Leningradi_Edasi_toimetus, lk 222
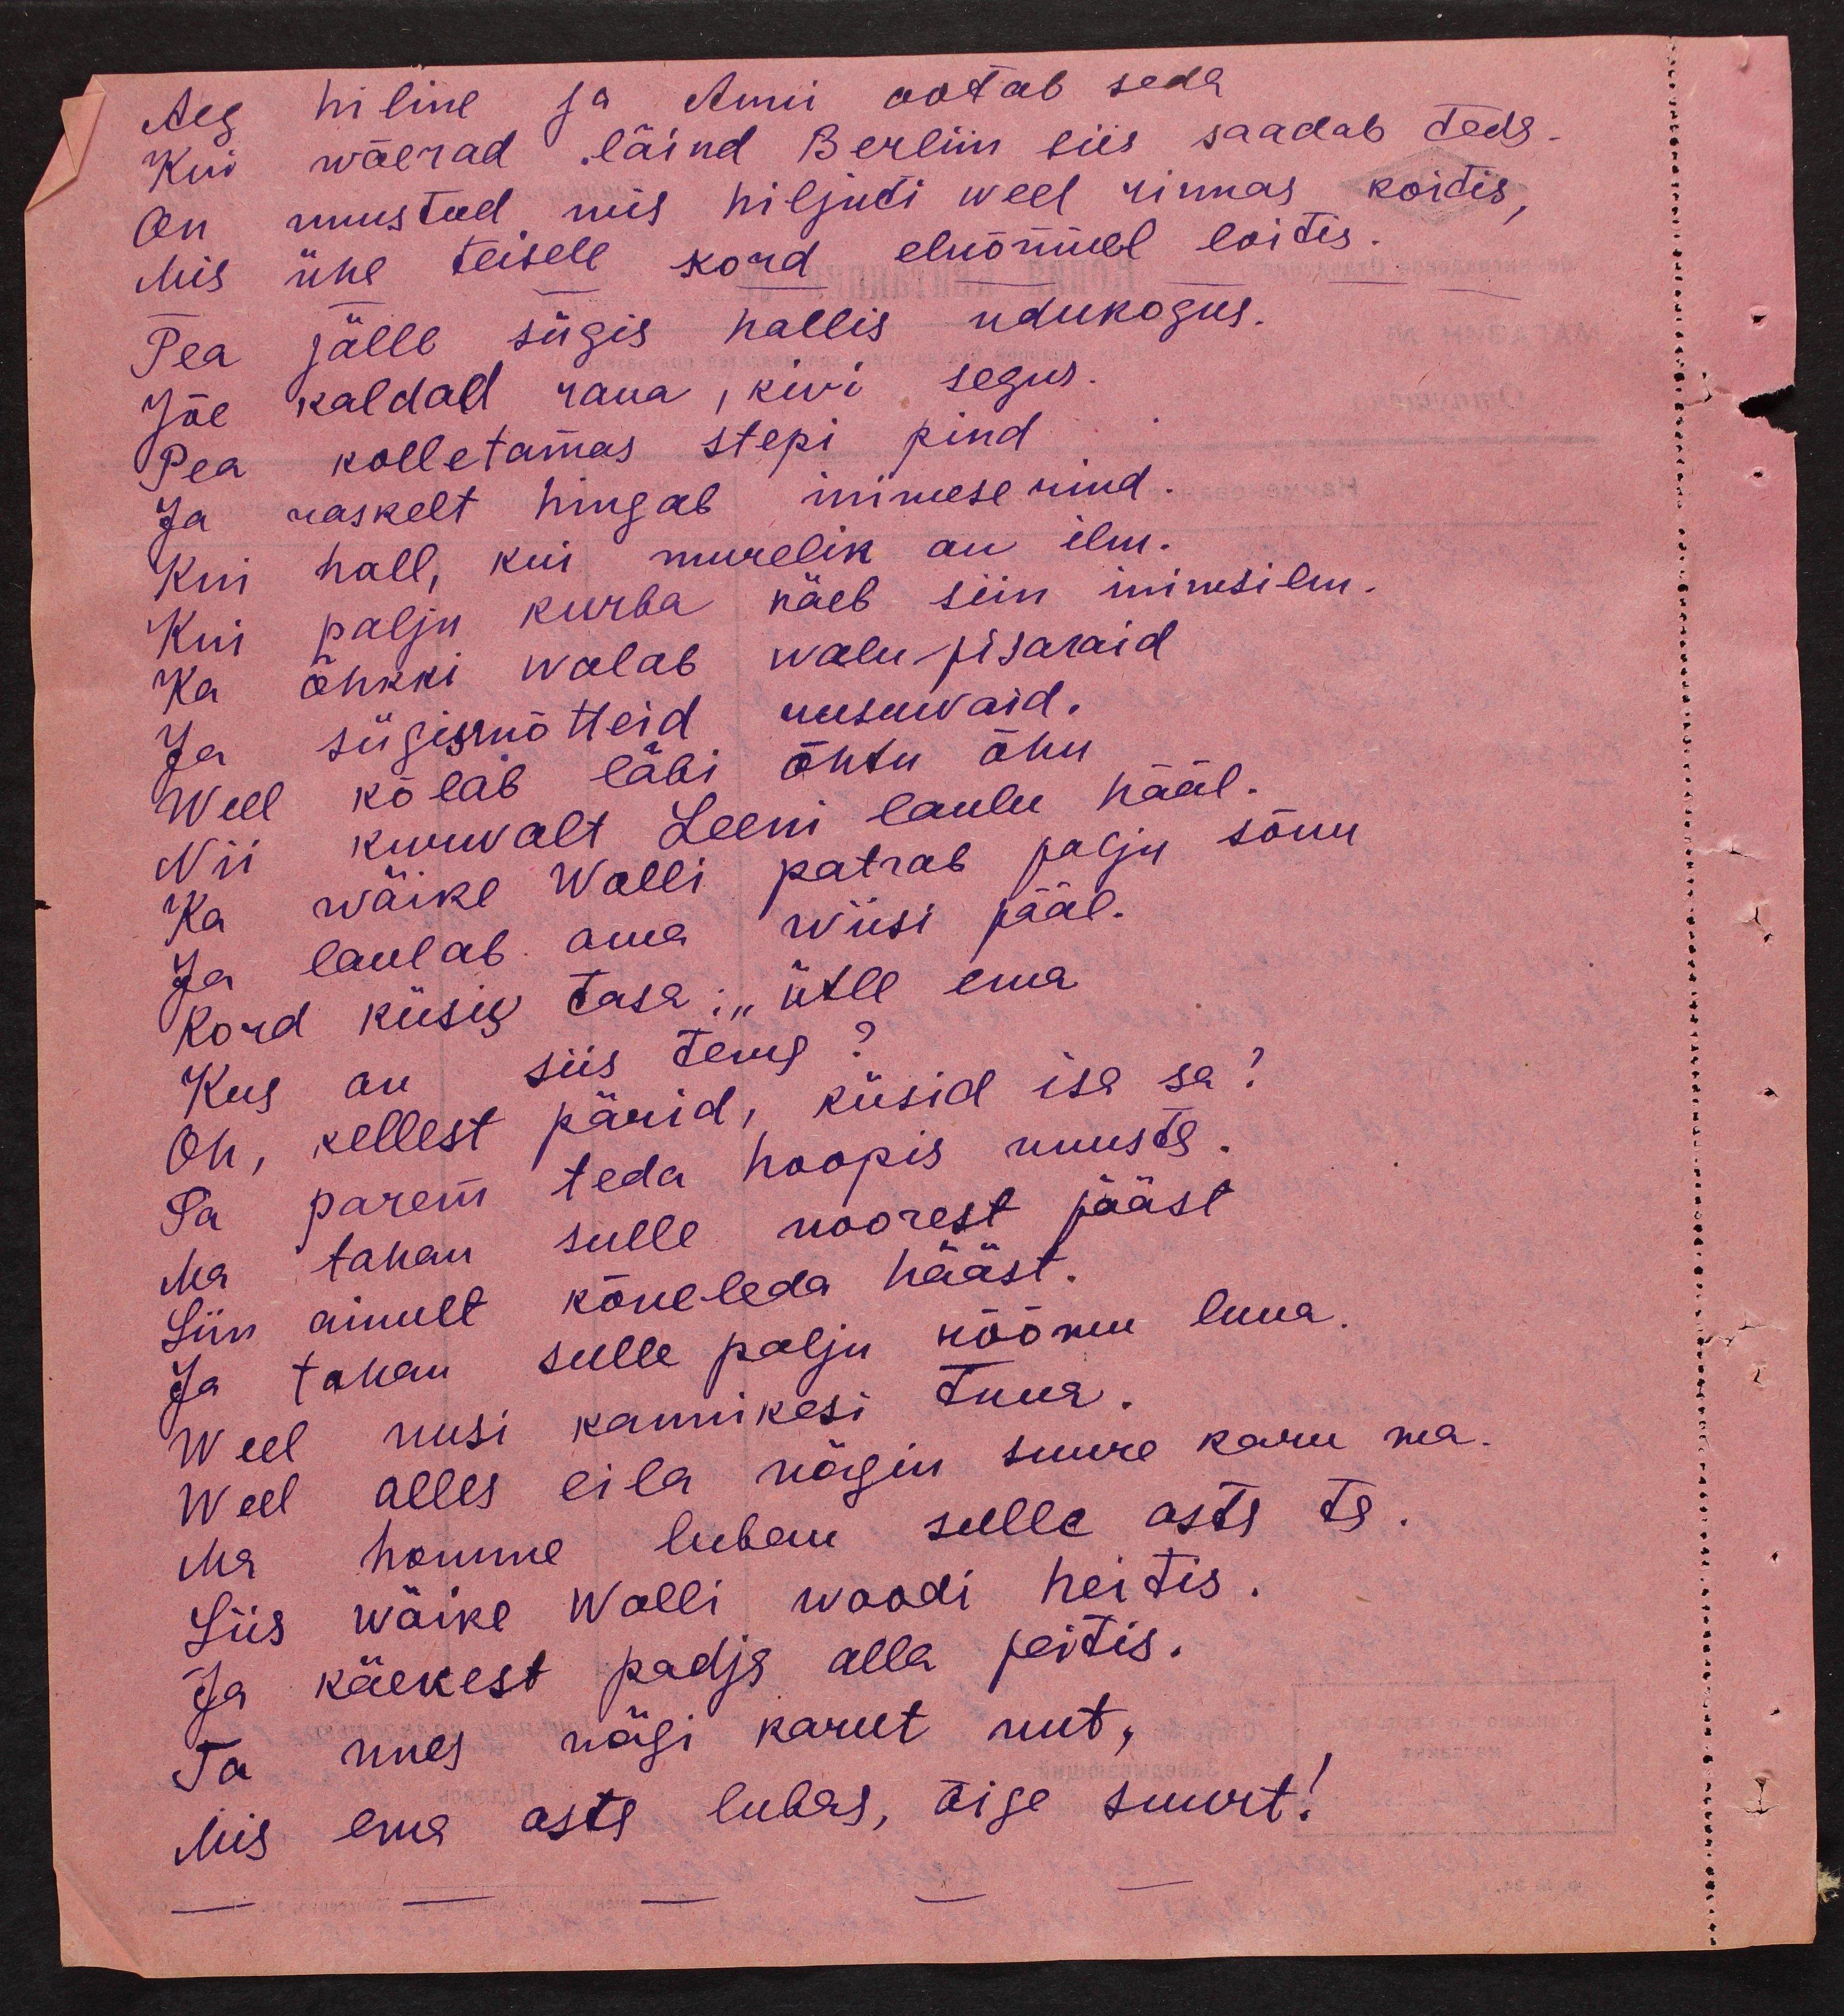
Aeg hiline ja Anni ootab seda
Kui wõerad läind Berlin siis saadab teda
On unustud mis hiljuti weel rinnas koidis,
Mis ühe teisele kord eluõnnel loitis.
Pea jälle sügis hallis udukogus.
Jõe kaldad raua, kivi segus.
Pea kolletamas stepi pind
Ja raskelt hingab inimese rind.
Kui hall, kui murelik on ilm.
Kui palju kurba näeb siin inimsilm.
Ka õhkki walab walupisaraid
Ja sügismõtteid rusuvaid.
Weel kõlab läbi õhtu õhu,
Nii kurvalt Leeni laulu hääl.
Ka wäike Wolli patrab palju sõnu
Ja laulab oma wiisi pääl.
kord küsis tasa: "ütle ema,
Kus on siis tema?
Oh, kellest pärid, küsid isa sa?
Sa parem teda hoopis unusta.
Ma tahan sulle noorest pääst
Siin ainult kõneleda hääst.
Ja tahan sulle palju rõõmu luua.
Weel uusi kannikesi tuua.
Weel alles eila nägin suure karu ma.
Ma homme luban sulle osta ta.
Siis wäike Wolli woodi heitis.
Ja käekest padja alla peitis.
Ta unes nägi karut uut,
Mis ema osta lubas, õige suurt!